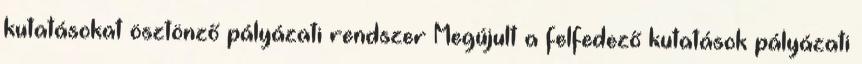
kutatásokat ösztönző pályázati rendszer Megújult a felfedező kutatások pályázati